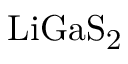
\mathrm { L i G a S _ { 2 } }